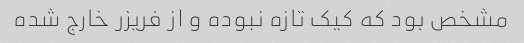
مشخص بود که کیک تازه نبوده و از فریزر خارج شده